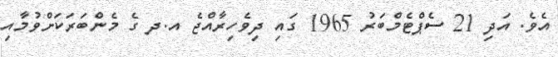
އެވެ. އަދި 21 ސެޕްޓެމްބަރު 1965 ގައި ދިވެހިރާއްޖެ އ.ދ ގެ މެންބަރަކަށްވުމާއި